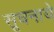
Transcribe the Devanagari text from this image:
सूचनाये